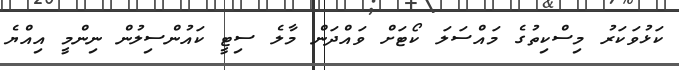
ކަޅުވަކަރު މިސްކިތުގެ މައްސަލަ ކޯޓަށް ވައްދަން މާލެ ސިޓީ ކައުންސިލުން ނިންމީ އިއްޔެ